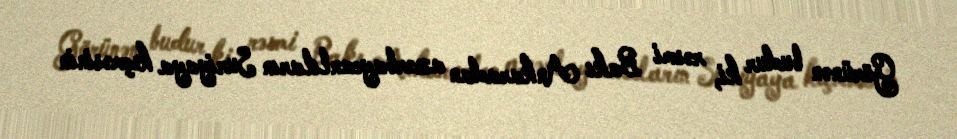
Görünən budur ki, rəsmi Bakı Ankaradan azərbaycanlıların Suriyaya keçməsinin